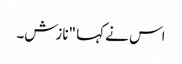
اس نے کہا "نازش۔